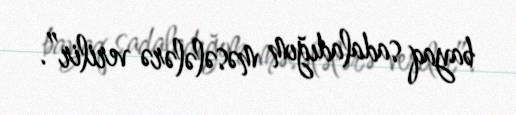
bayaq sadaladığım məsələlərə verilir”.